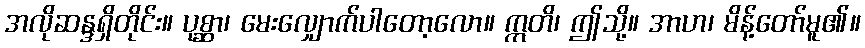
အလိုဆန္ဒရှိတိုင်း။ ပုစ္ဆာ၊ မေးလျှောက်ပါတော့လော။ ဣတိ၊ ဤသို့။ အာဟ၊ မိန့်တော်မူ၏။